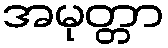
အမုတ္တာ